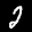
Label: 2